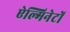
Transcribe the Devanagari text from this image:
ऐल्गिनेटों